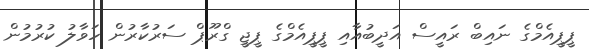
ޕީޕީއެމްގެ ނައިބް ރައީސް އަދީބުއާއި ޕީޕީއެމްގެ ޕީޖީ ގްރޫޕް ސަރުކާރުން ހަވާލު ކުރުމުން